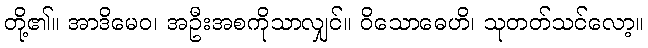
တို့၏။ အာဒိမေဝ၊ အဦးအစကိုသာလျှင်။ ဝိသောဓေဟိ၊ သုတတ်သင်လော့။